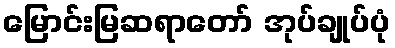
မြောင်းမြဆရာတော် အုပ်ချုပ်ပုံ